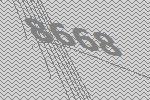
8668